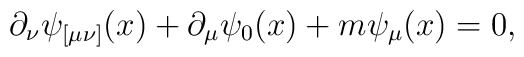
\partial _\nu \psi _{[\mu \nu ]}(x)+\partial _\mu \psi _0 (x)+m\psi_\mu (x)=0 ,